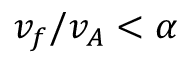
v _ { f } / v _ { A } < \alpha